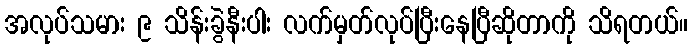
အလုပ်သမား ၉ သိန်းခွဲနီးပါး လက်မှတ်လုပ်ပြီးနေပြီဆိုတာကို သိရတယ်။